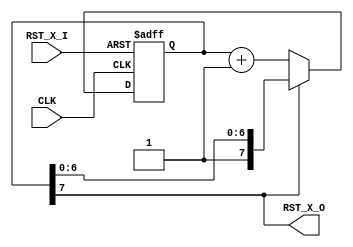
module RSTGEN(CLK, RST_X_I, RST_X_O);
    input  CLK, RST_X_I;
    output RST_X_O;

    reg [7:0] cnt;
    assign RST_X_O = cnt[7];

    always @(posedge CLK or negedge RST_X_I) begin
        if      (!RST_X_I) cnt <= 0;
        else if (~RST_X_O) cnt <= (cnt + 1'b1);
    end
endmodule